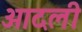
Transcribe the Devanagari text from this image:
आदली